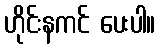
ဟိုင်းနကင် ပေးပါ။